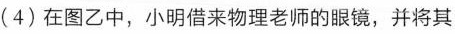
(4)在图乙中，小明借来物理老师的眼镜，并将其